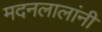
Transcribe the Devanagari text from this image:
मदनलालांनी